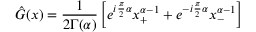
\hat { G } ( x ) = \frac { 1 } { 2 \Gamma ( \alpha ) } \left[ e ^ { i \frac { \pi } { 2 } \alpha } x _ { + } ^ { \alpha - 1 } + e ^ { - i \frac { \pi } { 2 } \alpha } x _ { - } ^ { \alpha - 1 } \right]